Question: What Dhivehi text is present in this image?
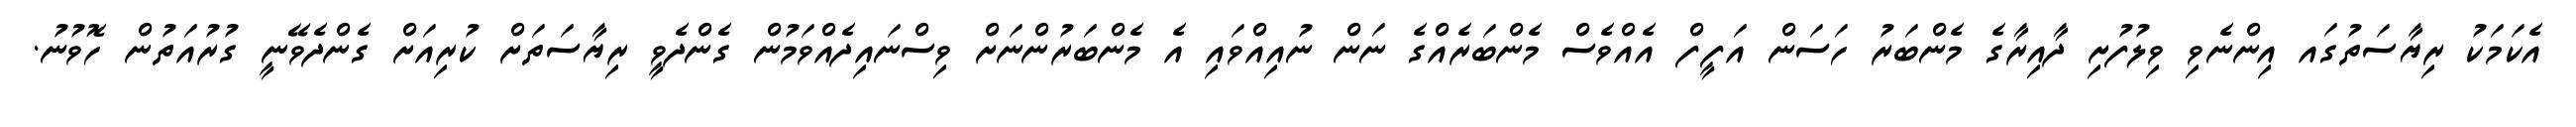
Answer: އެކަމަކު ރިޔާސަތުގައ އިންނެވި ވިލުފުށި ދާއިރާގެ މެންބަރު ހަސަން އަފީފް އެއްވެސް މެންބަރެއްގެ ނަން ނުއިއްވައި އެ މެންބަރުންނަށް ވިސްނައިދެއްވަމުން ގެންދެވީ ރިޔާސަތަށް ކުރިއަށް ގެންދެވޭނީ ގުރުއަތުން ހޮވުނު.